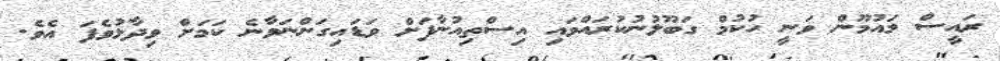
ރައީސް މައުމޫން ވަނީ ހުކުމް ގަބޫލުނުކުރައްވައި އިސްތިއުނާފަށް ވަޑައިގަންނަވާނެ ކަމަށް ވިދާޅުވެފަ އެވެ.